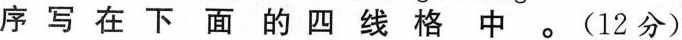
序写在下面的四线格中。(12分)